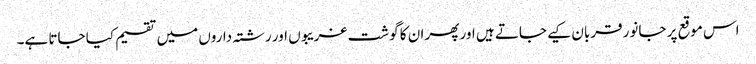
اس موقع پر جانور قربان کیے جاتے ہیں اور پھر ان کا گوشت غریبوں اور رشتہ داروں میں تقسیم کیا جاتا ہے۔